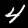
Digit: 4